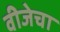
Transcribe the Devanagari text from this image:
वीजेचा